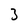
Character: 3